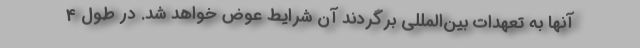
آنها به تعهدات بین‌المللی برگردند آن شرایط عوض خواهد شد. در طول 4